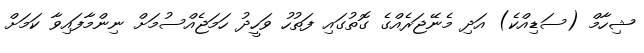
ޝިހާމް (ސަޑިއްކެ) އަދި މެނޭޖަރެއްގެ ގޮތުގައި ފަތުހު ވަހީދު ހަމަޖެއްސުމަށް ނިންމާފައިވާ ކަމަށް